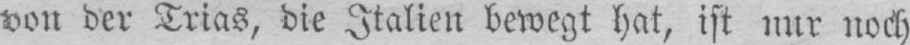
von der Trias, die Italien bewegt hat, ist nur noch